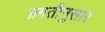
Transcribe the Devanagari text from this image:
प्रगतीनुसार